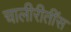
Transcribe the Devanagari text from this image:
चालीरीतींस